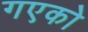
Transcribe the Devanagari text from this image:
गएको